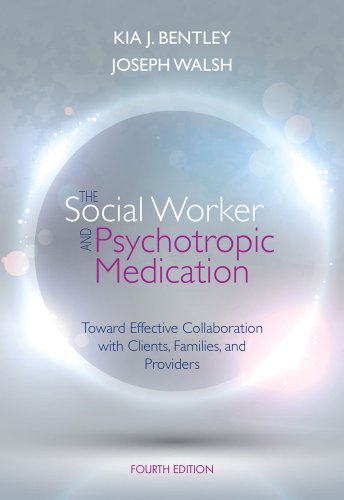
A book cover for The Social Worker and Psychotropic Medication: Toward Effective Collaboration with Clients, Families, and Providers (SAB 140 Pharmacology); Kia J. Bentley; Medical Books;